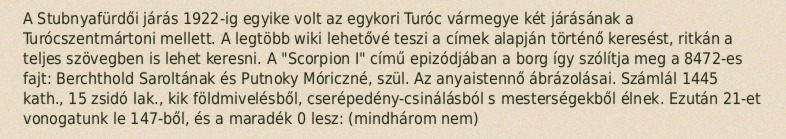
A Stubnyafürdői járás 1922-ig egyike volt az egykori Turóc vármegye két járásának a Turócszentmártoni mellett. A legtöbb wiki lehetővé teszi a címek alapján történő keresést, ritkán a teljes szövegben is lehet keresni. A "Scorpion I" című epizódjában a borg így szólítja meg a 8472-es fajt: Berchthold Saroltának és Putnoky Móriczné, szül. Az anyaistennő ábrázolásai. Számlál 1445 kath., 15 zsidó lak., kik földmivelésből, cserépedény-csinálásból s mesterségekből élnek. Ezután 21-et vonogatunk le 147-ből, és a maradék 0 lesz: (mindhárom nem)